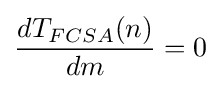
{\frac {dT_{FCSA}(n)}{dm}}=0